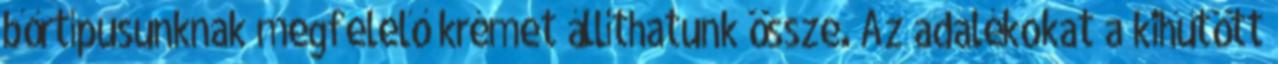
bőrtípusunknak megfelelő krémet állíthatunk össze. Az adalékokat a kihűtött